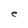
Character: e